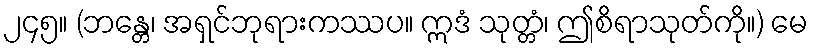
၂၄၅။ (ဘန္တေ၊ အရှင်ဘုရားကဿပ။ ဣဒံ သုတ္တံ၊ ဤစိရာသုတ်ကို။) မေ